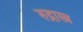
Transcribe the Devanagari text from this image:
रुद्रास्त्र